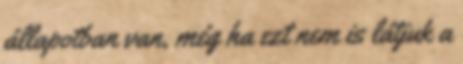
állapotban van, még ha ezt nem is látjuk a